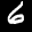
Label: 6